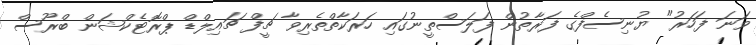
ވަނަ ފަހަރު" ޔުނިސެފްގެ ފަރާތުން ފަލަސްތީނުގައި ހަރަކާތްތެރިވާ ޗީފް ޗައިލްޑް ޕްރޮޓެކްޝަން ބްރޫސް